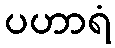
ပဟာရံ